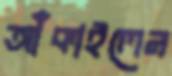
আঁকাইলেন